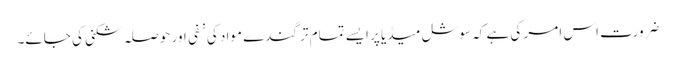
ضرورت اس امر کی ہے کہ سوشل میڈیا پر ایسے تمام تر گندے مواد کی نفی اور حوصلہ شکنی کی جائے۔